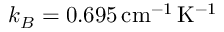
k _ { B } = 0 . 6 9 5 \, \mathrm { c m } ^ { - 1 } \, \mathrm { K } ^ { - 1 }